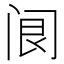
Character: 𨸄